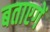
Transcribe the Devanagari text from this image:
बताएगें